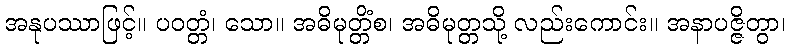
အနုပဿာဖြင့်။ ပဝတ္တံ၊ သော။ အဓိမုတ္တိံစ၊ အဓိမုတ္တသို့ လည်းကောင်း။ အနာပဇ္ဇိတွာ၊